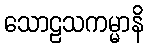
သောဠသကမ္မာနိ